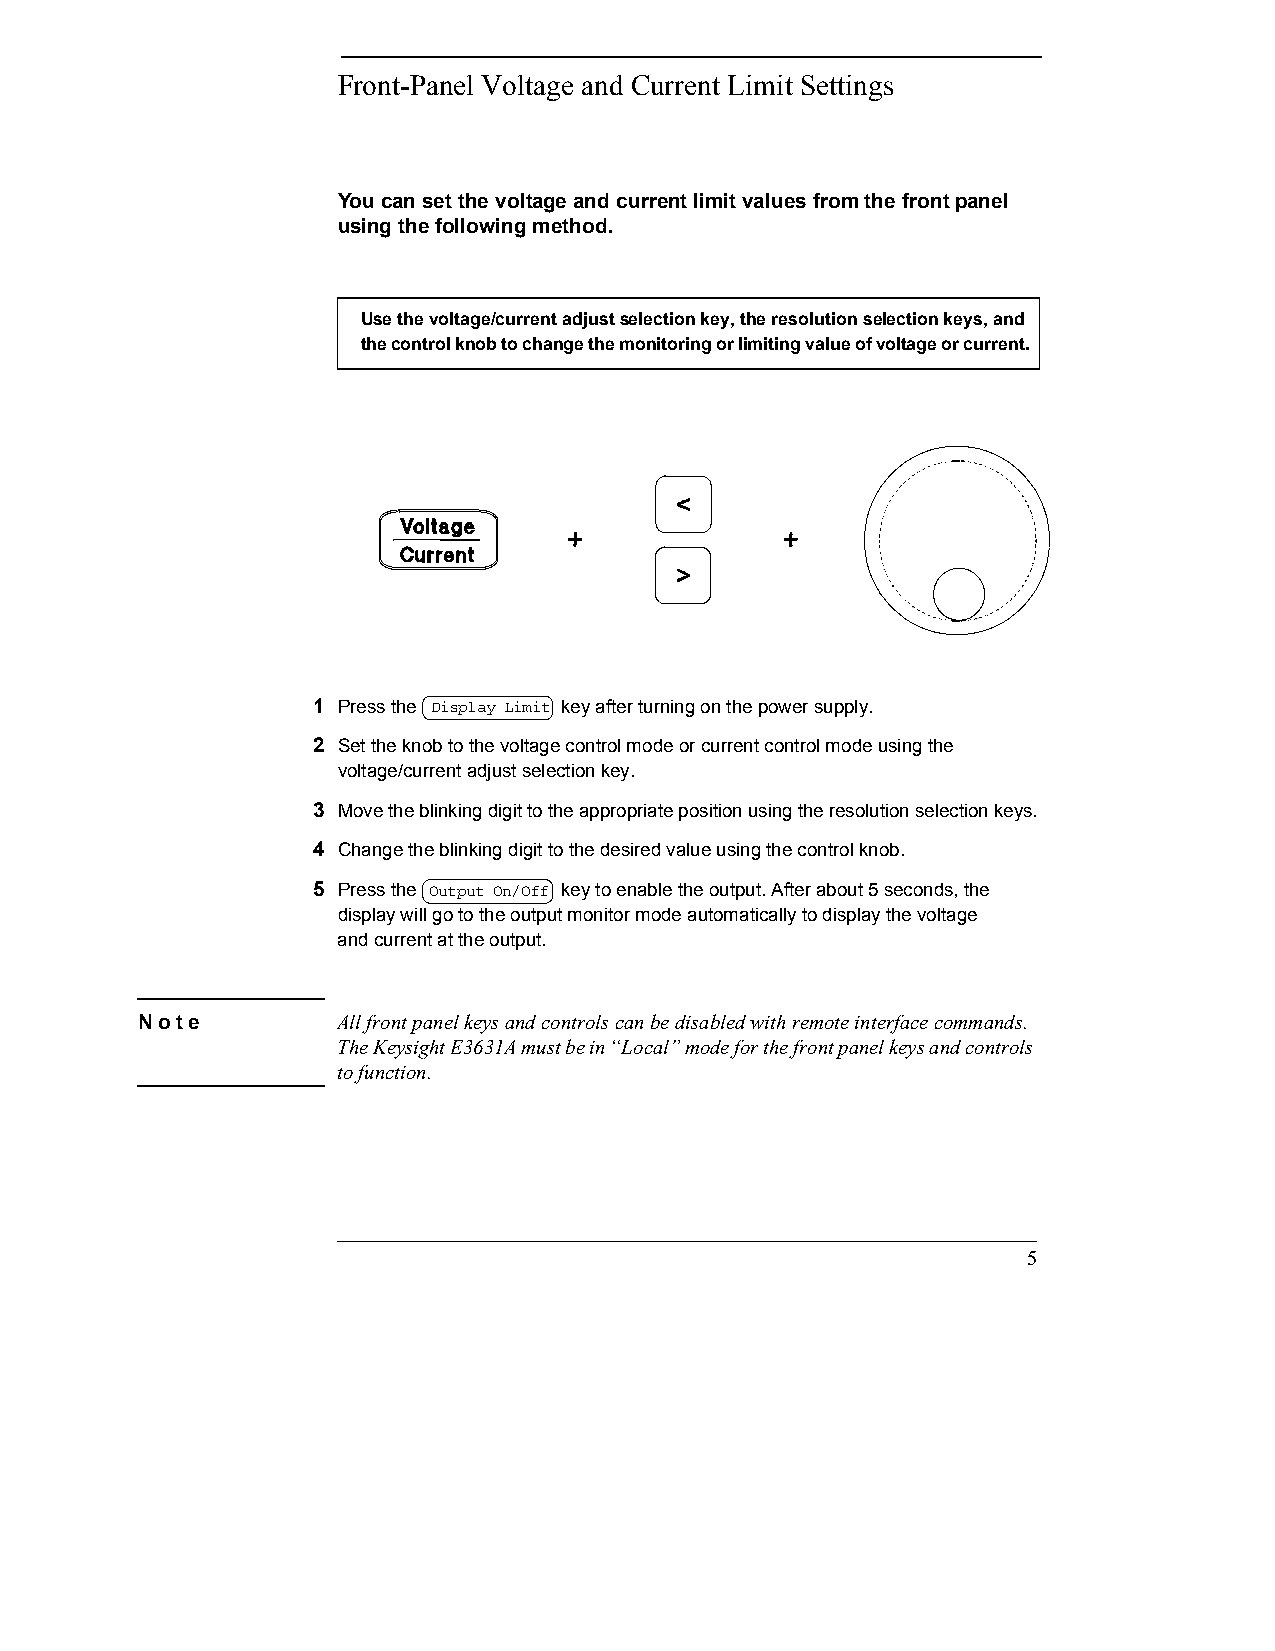
Front-Panel Voltage and Current Limit Settings
 You can set the voltage and current limit values from the front panel
 using the following method.
 Use the voltage/current adjust selection key, the resolution selection keys, and
 the control knob to change the monitoring or limiting value of voltage or current.
 1 Press the Display Limit key after turning on the power supply.
 2 Set the knob to the voltage control mode or current control mode using the 
 voltage/current adjust selection key.
 3 Move the blinking digit to the appropriate position using the resolution selection keys.
 4 Change the blinking digit to the desired value using the control knob.
 5 Press the Output On/Off key to enable the output. After about 5 seconds, the 
 display will go to the output monitor mode automatically to display the voltage 
 and current at the output.
 Note         All front panel keys and controls can be disabled with remote interface commands.
 The Keysight E3631A must be in “Local” mode for the front panel keys and controls
 to function.
 5